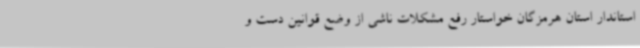
استاندار استان هرمزگان خواستار رفع مشکلات ناشی از وضع قوانین دست و